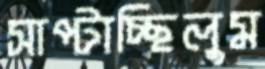
সাপ্‌টাচ্ছিলুম